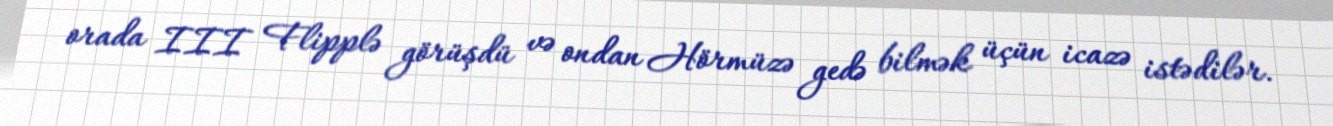
orada III Flipplə görüşdü və ondan Hörmüzə gedə bilmək üçün icazə istədilər.